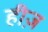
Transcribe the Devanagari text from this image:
हीज़